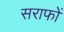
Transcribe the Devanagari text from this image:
सराफों